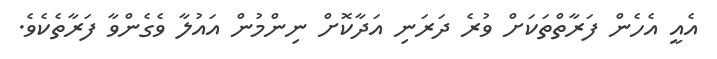
އެއީ އެހެން ފަރާތްތަކަށް ވުރެ ދަރަނި އަދާކޮށް ނިންމުން އައުލާ ވެގެންވާ ފަރާތެކެވެ.